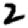
Digit: 2